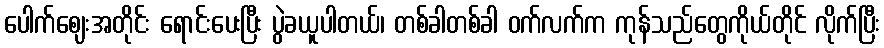
ပေါက်ဈေးအတိုင်း ရောင်းပေးပြီး ပွဲခယူပါတယ်၊ တစ်ခါတစ်ခါ ဝက်လက်က ကုန်သည်တွေကိုယ်တိုင် လိုက်ပြီး